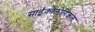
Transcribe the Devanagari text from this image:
साईकोलोगिकल